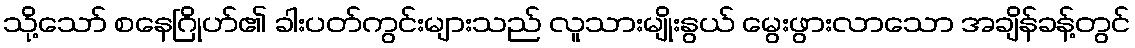
သို့သော် စနေဂြိုဟ်၏ ခါးပတ်ကွင်းများသည် လူသားမျိုးနွယ် မွေးဖွားလာသော အချိန်ခန့်တွင်